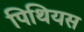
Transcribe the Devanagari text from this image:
पिथियस